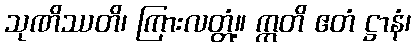
သုဏိဿတိ၊ ကြားလတ္တံ့။ ဣတိ ဧတံ ဋ္ဌာနံ၊